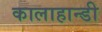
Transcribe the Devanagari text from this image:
कालाहान्डी